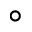
^ { \circ }